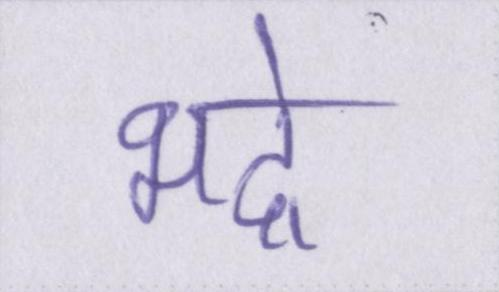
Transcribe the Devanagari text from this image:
भद्रे